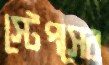
স্টেপসের